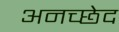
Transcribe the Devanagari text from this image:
अनच्छेद